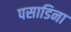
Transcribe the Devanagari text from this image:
पसाडिना